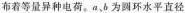
布着等量异种电荷。a、b为圆环水平直径